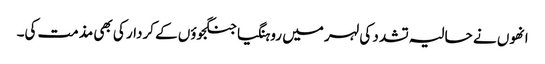
انھوں نے حالیہ تشدد کی لہر میں روہنگیا جنگجوؤں کے کردار کی بھی مذمت کی۔